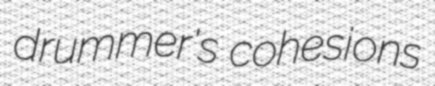
drummer's cohesions